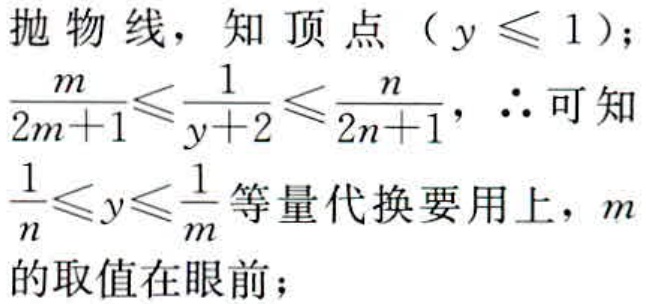
抛物线，知顶点（$y \leq 1$）；
$\frac{m}{2m + 1} \leq \frac{1}{y + 2} \leq \frac{n}{2n + 1}$，$\therefore$ 可知
$\frac{1}{n} \leq y \leq \frac{1}{m}$等量代换要用上，$m$
的取值在眼前；